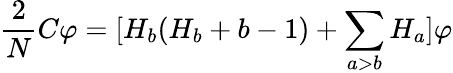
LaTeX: \frac{2}{N}C\varphi=[H_{b}(H_{b}+b-1)+\sum_{a>b}H_{a}]\varphi